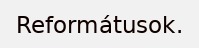
Reformátusok.